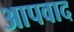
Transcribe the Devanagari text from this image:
आपवाद